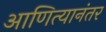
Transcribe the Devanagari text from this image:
आणित्यानंतर